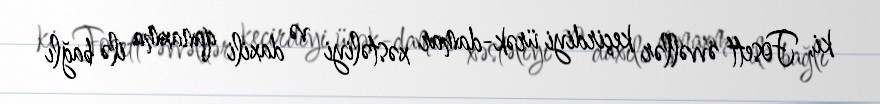
ki, Fosett əvvəllər keçirdiyi ürək-damar xəstəliyi və daxili qanaxma ilə bağlı